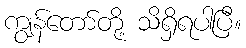
ကျွန်တော်တို့ သိရှိရပါပြီ။